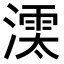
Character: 𣾱